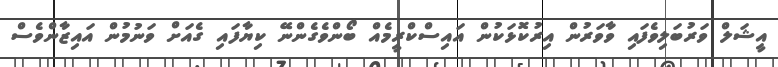
އީޝަލް ވަރުބަލިވެފައި ވާވަރުން އިރުކޮޅަކުން އައިސްކްރީމެއް ބޯންވެގެންނޭ ކިޔާފައި ގެއަށް ވަނުމުން އައިޒާންވެސް